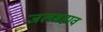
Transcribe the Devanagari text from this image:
जलबहाव